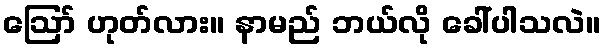
ဪ ဟုတ်လား။ နာမည် ဘယ်လို ခေါ်ပါသလဲ။